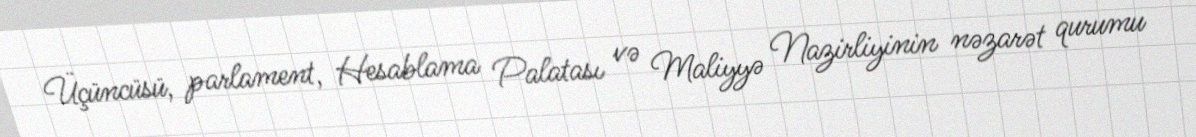
Üçüncüsü, parlament, Hesablama Palatası və Maliyyə Nazirliyinin nəzarət qurumu